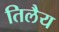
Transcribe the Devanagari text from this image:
तिलैय